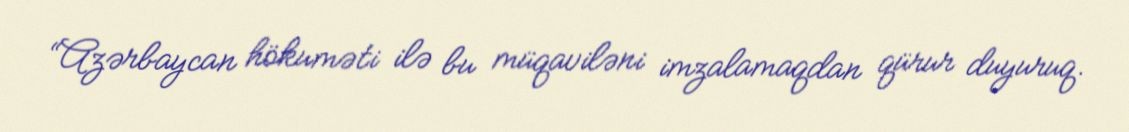
“Azərbaycan hökuməti ilə bu müqaviləni imzalamaqdan qürur duyuruq.